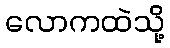
လောကထဲသို့